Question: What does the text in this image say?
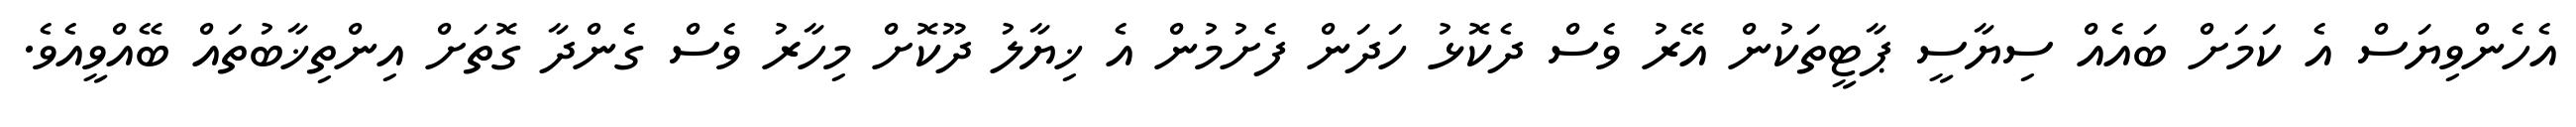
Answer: އެހެންވިޔަސް އެ ކަމަށް ބައެއް ސިޔާސީ ޕާޓީތަކުން އޭރު ވެސް ދެކޮޅު ހަދަން ފެށުމުން އެ ޚިޔާލު ދޫކޮށް މިހާރު ވެސް ގެންދާ ގޮތަށް އިންތިޚާބުތައް ބޭއްވީއެވެ.